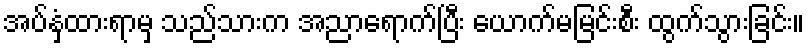
အပ်နှံထားရာမှ သည်သားက အညာရောက်ပြီး ယောက်မမြင်းစီး ထွက်သွားခြင်း။